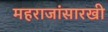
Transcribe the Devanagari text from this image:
महराजांसारखी